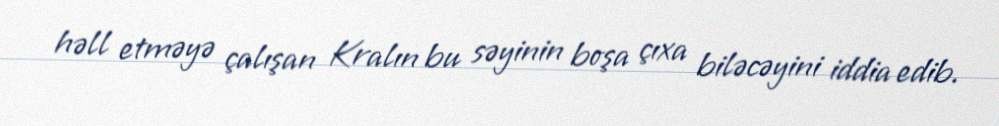
həll etməyə çalışan Kralın bu səyinin boşa çıxa biləcəyini iddia edib.